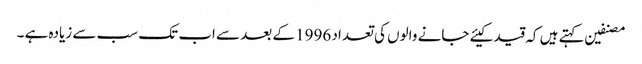
مصنفین کہتے ہیں کہ قید کیئے جانے والوں کی تعداد 1996 کے بعد سے اب تک سب سے زیادہ ہے ۔